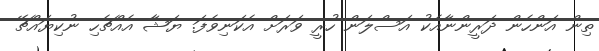
ތިން އަންހެން ދަރީންނާއެކު އަސްލަން ހުރީ ވަރަށް އެކަނިވެފަ. ޔަޝާ އެއްޗެހި ނުކިޔައްޗޭ